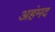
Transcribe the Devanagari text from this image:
अहंमद